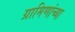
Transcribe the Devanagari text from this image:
ग्रामिणांच्या